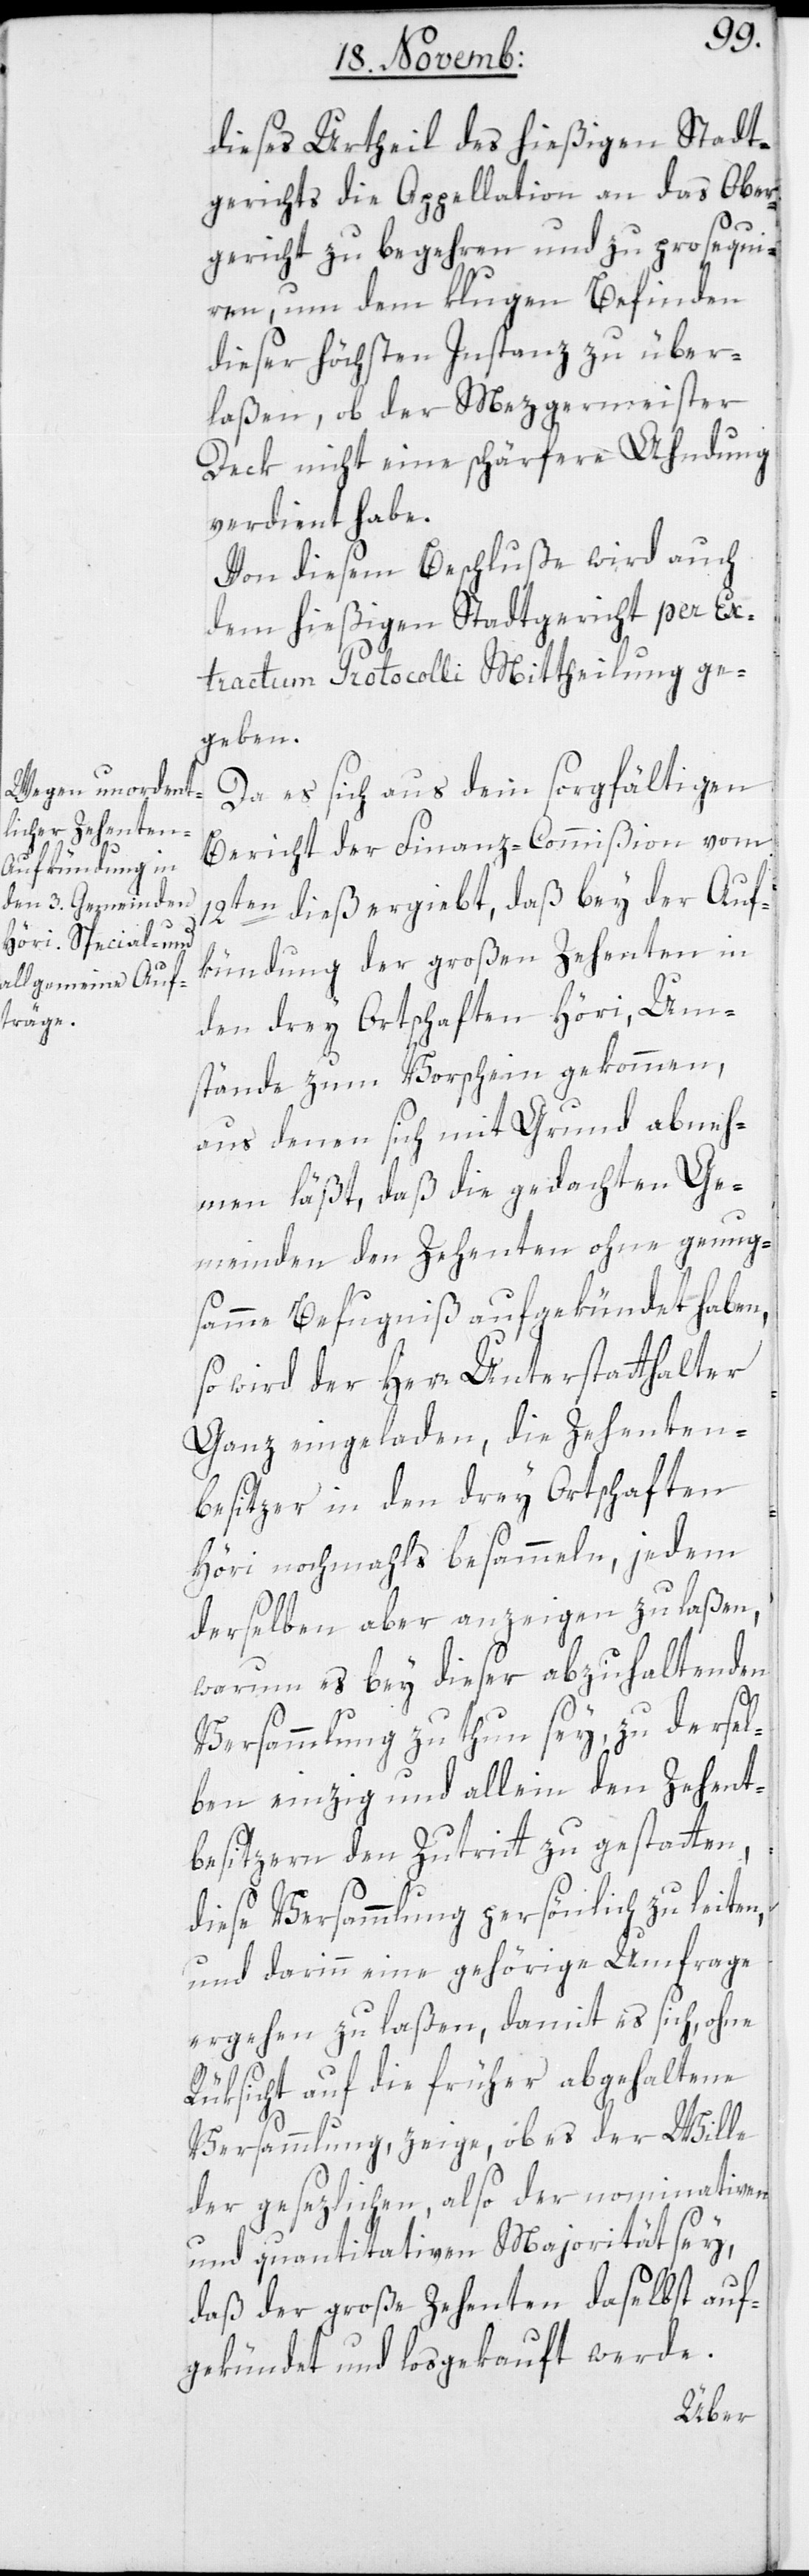
dieses Urtheil des hießigen Stadt¬
gerichts die Appellation an das Ober¬
gericht zu begehren und zu prosequie¬
ren, um dem klugen Befinden
dieser höchsten Instanz zu über¬
laßen, ob der Mezgermeister
Deck nicht eine schärfere Ahndung
verdient habe.
Von diesem Beschluße wird auch
dem hießigen Stadtgericht per Ex¬
tractum Protocolli Mittheilung ge¬
geben.
Da es sich aus dem sorgfältigen
Bericht der Finanz-Commißion vom
12ten dieß ergiebt, daß bey der Auf¬
kündung der großen Zehenten in
den drey Ortschaften Höri, Um¬
stände zum Vorschein gekommen,
aus denen sich mit Grund abneh¬
men läßt, daß die gedachten Ge¬
meinden den Zehenten ohne genug¬
samme Befugniße aufgekündet haben,
so wird der Herr Unterstatthalter
Ganz eingeladen, die Zehenten-B¬
esitzer in den drey Ortschaften
Höri nochmals besammeln, jedem
derselben aber anzeigen zu laßen,
warum es bey dieser abzuhaltenden
Versammlung zu thun sey, zu dersel¬
ben einzig und allein den Zehent¬
besitzern den Zutritt zu gestatten,
diese Versammlung persönlich zu leiten,
und darinn eine gehörige Umfrage
ergehen zu laßen, damit es sich, ohne
Rüksicht auf die früher abgehaltene
Versammlung, zeige, ob es der Wille
der gesezlichen, also der nominativen
und quantitativen Majorität sey,
daß der große Zehenten daselbst auf¬
gekündet und losgekauft werde.